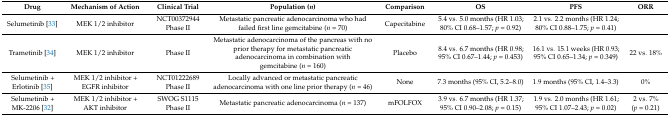
<table><thead><tr><td><b>Drug</b></td><td><b>Mechanism of Action</b></td><td><b>Clinical Trial</b></td><td><b>Population (<i>n</i>)</b></td><td><b>Comparison</b></td><td><b>OS</b></td><td><b>PFS</b></td><td><b>ORR</b></td></tr></thead><tbody><tr><td>Selumetinib [33]</td><td>MEK 1/2 inhibitor</td><td>NCT00372944 Phase II</td><td>Metastatic pancreatic adenocarcinoma who had failed first line gemcitabine (<i>n</i> = 70)</td><td>Capecitabine</td><td>5.4 vs. 5.0 months (HR 1.03; 80% CI 0.68–1.57; <i>p</i> = 0.92)</td><td>2.1 vs. 2.2 months (HR 1.24; 80% CI 0.88–1.75; <i>p</i> = 0.41)</td><td></td></tr><tr><td>Trametinib [34]</td><td>MEK 1/2 inhibitor</td><td>Phase II</td><td>Metastatic adenocarcinoma of the pancreas with no prior therapy for metastatic pancreatic adenocarcinoma in combination with gemcitabine (<i>n</i> = 160)</td><td>Placebo</td><td>8.4 vs. 6.7 months (HR 0.98; 95% CI 0.67–1.44; <i>p</i> = 0.453)</td><td>16.1 vs. 15.1 weeks (HR 0.93; 95% CI 0.65–1.34; <i>p</i> = 0.349)</td><td>22 vs. 18%</td></tr><tr><td>Selumetinib + Erlotinib [35]</td><td>MEK 1/2 inhibitor + EGFR inhibitor</td><td>NCT01222689 Phase II</td><td>Locally advanced or metastatic pancreatic adenocarcinoma with one line prior therapy (<i>n</i> = 46)</td><td>None</td><td>7.3 months (95% CI, 5.2–8.0)</td><td>1.9 months (95% CI, 1.4–3.3)</td><td>0%</td></tr><tr><td>Selumetinib + MK-2206 [32]</td><td>MEK 1/2 inhibitor + AKT inhibitor</td><td>SWOG S1115 Phase II</td><td>Metastatic pancreatic adenocarcinoma (<i>n</i> = 137)</td><td>mFOLFOX</td><td>3.9 vs. 6.7 months (HR 1.37; 95% CI 0.90–2.08; <i>p</i> = 0.15)</td><td>1.9 vs. 2.0 months (HR 1.61; 95% CI 1.07–2.43; <i>p</i> = 0.02)</td><td>2 vs. 7% (<i>p</i> = 0.21)</td></tr></tbody></table>